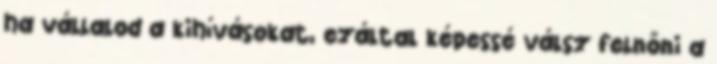
ha vállalod a kihívásokat, ezáltal képessé válsz felnőni a